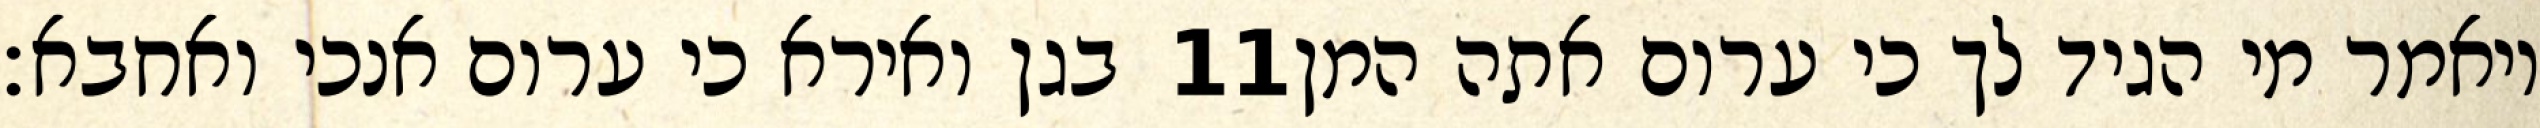
בגן ואירא כי ערום אנכי ואחבא׃ ‎11‏ ויאמר מי הגיד לך כי ערום אתה המן